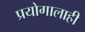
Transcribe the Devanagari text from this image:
प्रयोगालाही